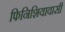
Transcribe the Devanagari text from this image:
फिनिशियावासी